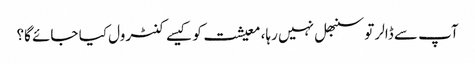
آپ سے ڈالر تو سنبھل نہیں رہا، معیشت کو کیسے کنٹرول کیا جائے گا؟